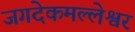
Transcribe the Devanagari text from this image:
जगदेकमल्लेश्वर